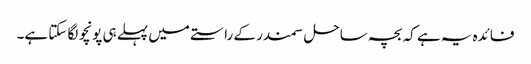
فائدہ یہ ہے کہ بچہ ساحل سمندر کے راستے میں پہلے ہی پونچو لگا سکتا ہے۔